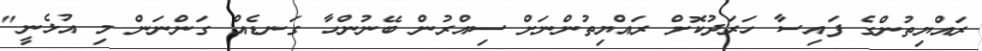
ރައްޔިތުންގެ ފައިސާ ހަރަދުކޮށް ރައްޔިތުންނަށް ސިއްރުން ބޭނުންހާ ގަނޑެއް ގަންނަން މި އުޅެނީ"